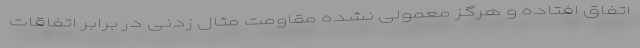
اتفاق افتاده و هرگز معمولی نشده مقاومت مثال زدنی در برابر اتفاقات